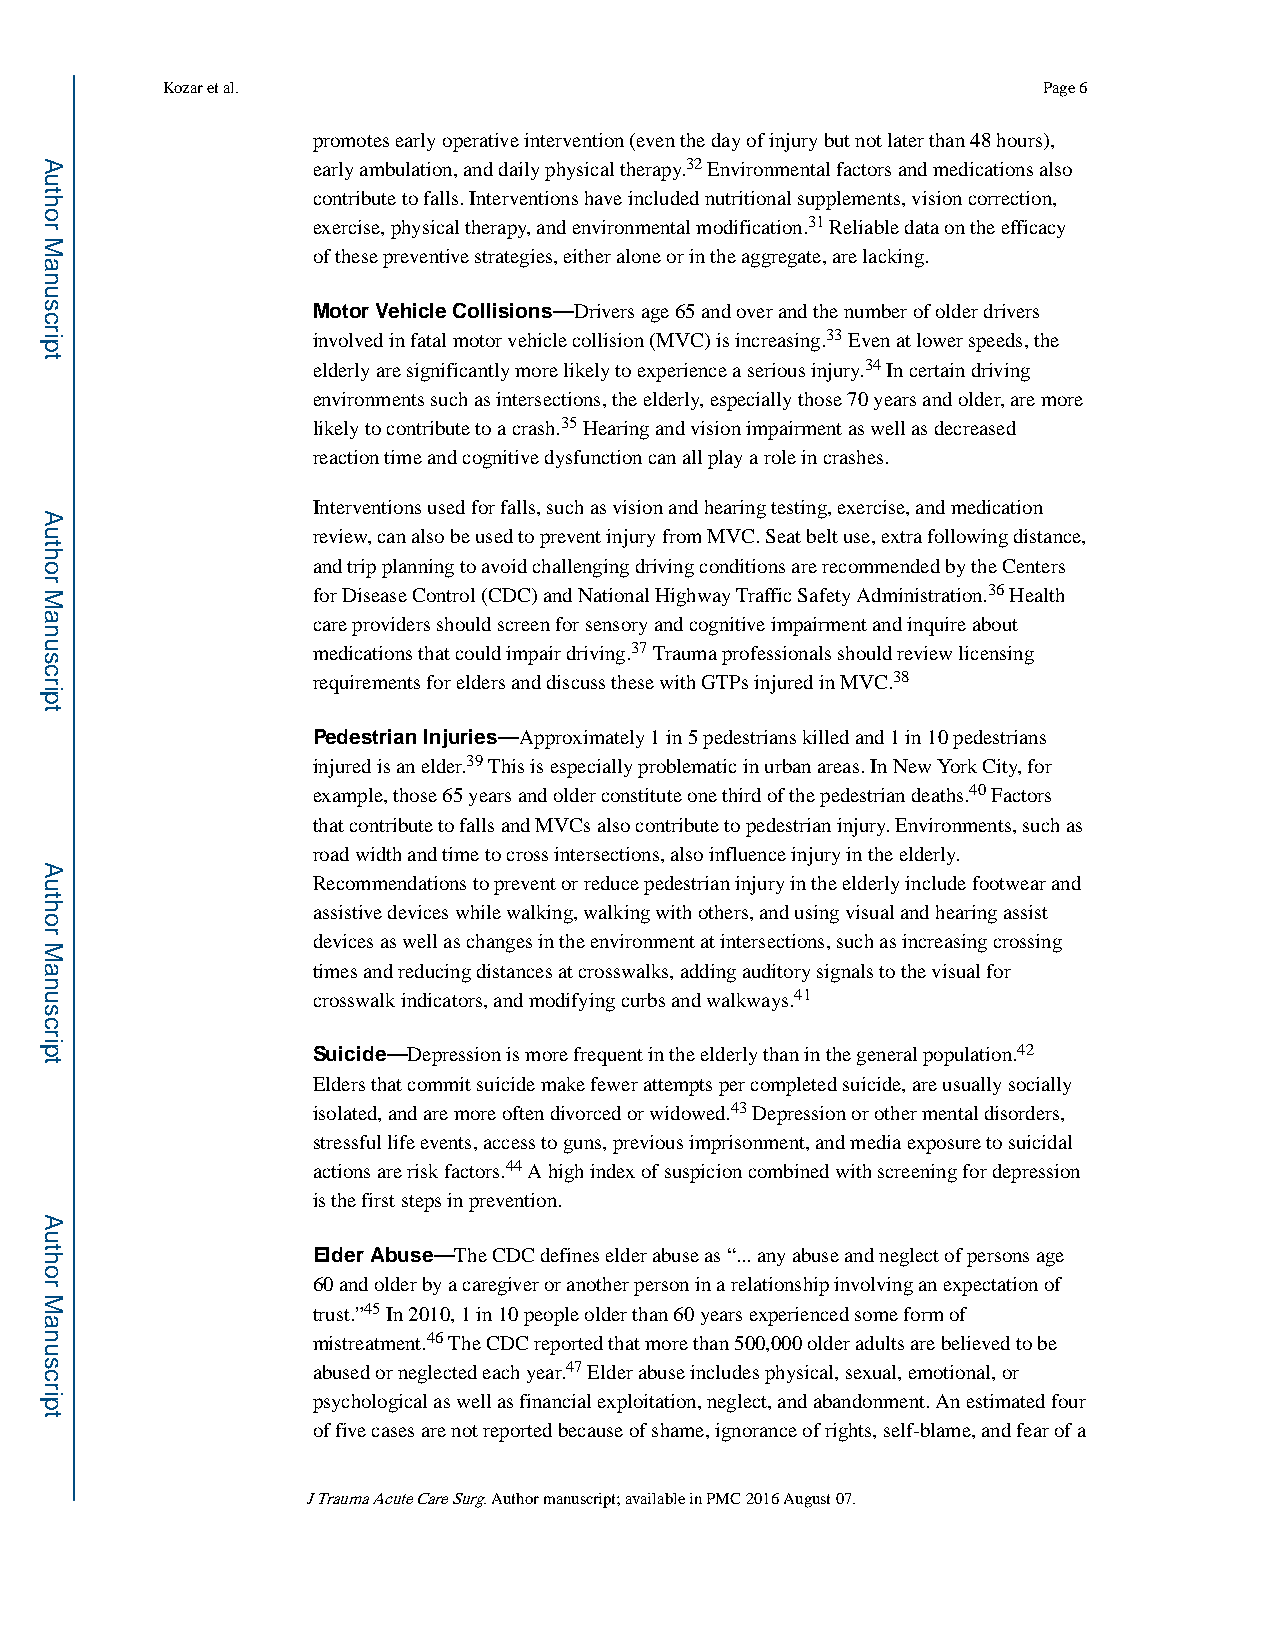
Kozar et al.                                              Page 6
 promotes early operative intervention (even the day of injury but not later than 48 hours),
 early ambulation, and daily physical therapy.32 Environmental factors and medications also
 contribute to falls. Interventions have included nutritional supplements, vision correction,
 exercise, physical therapy, and environmental modification.31 Reliable data on the efficacy
 of these preventive strategies, either alone or in the aggregate, are lacking.
 Motor Vehicle Collisions—Drivers age 65 and over and the number of older drivers
 involved in fatal motor vehicle collision (MVC) is increasing.33 Even at lower speeds, the
 elderly are significantly more likely to experience a serious injury.34 In certain driving
 environments such as intersections, the elderly, especially those 70 years and older, are more
 likely to contribute to a crash.35 Hearing and vision impairment as well as decreased
 reaction time and cognitive dysfunction can all play a role in crashes.
 Interventions used for falls, such as vision and hearing testing, exercise, and medication
 review, can also be used to prevent injury from MVC. Seat belt use, extra following distance,
 and trip planning to avoid challenging driving conditions are recommended by the Centers
 for Disease Control (CDC) and National Highway Traffic Safety Administration.36 Health
 care providers should screen for sensory and cognitive impairment and inquire about
 medications that could impair driving.37 Trauma professionals should review licensing
 requirements for elders and discuss these with GTPs injured in MVC.38
 Pedestrian Injuries—Approximately 1 in 5 pedestrians killed and 1 in 10 pedestrians
 injured is an elder.39 This is especially problematic in urban areas. In New York City, for
 example, those 65 years and older constitute one third of the pedestrian deaths.40 Factors
 that contribute to falls and MVCs also contribute to pedestrian injury. Environments, such as
 road width and time to cross intersections, also influence injury in the elderly.
 Recommendations to prevent or reduce pedestrian injury in the elderly include footwear and
 assistive devices while walking, walking with others, and using visual and hearing assist
 devices as well as changes in the environment at intersections, such as increasing crossing
 times and reducing distances at crosswalks, adding auditory signals to the visual for
 crosswalk indicators, and modifying curbs and walkways.41
 Suicide—Depression is more frequent in the elderly than in the general population.42
 Elders that commit suicide make fewer attempts per completed suicide, are usually socially
 isolated, and are more often divorced or widowed.43 Depression or other mental disorders,
 stressful life events, access to guns, previous imprisonment, and media exposure to suicidal
 actions are risk factors.44 A high index of suspicion combined with screening for depression
 is the first steps in prevention.
 Elder Abuse—The CDC defines elder abuse as “... any abuse and neglect of persons age
 60 and older by a caregiver or another person in a relationship involving an expectation of
 trust.”45 In 2010, 1 in 10 people older than 60 years experienced some form of
 mistreatment.46 The CDC reported that more than 500,000 older adults are believed to be
 abused or neglected each year.47 Elder abuse includes physical, sexual, emotional, or
 psychological as well as financial exploitation, neglect, and abandonment. An estimated four
 of five cases are not reported because of shame, ignorance of rights, self-blame, and fear of a
 J Trauma Acute Care Surg. Author manuscript; available in PMC 2016 August 07.
 Author
 Manuscript
 Author
 Manuscript
 Author
 Manuscript
 Author
 Manuscript